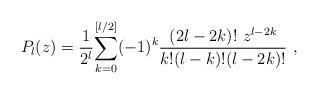
LaTeX: \begin{align*}P_{l}(z)=\frac{1}{2^{l}}\displaystyle{\sum_{k=0}^{[l/2]}}(-1)^{k}\frac{(2l-2k)! \ z^{l-2k}}{k!(l-k)!(l-2k)!} \ ,\end{align*}